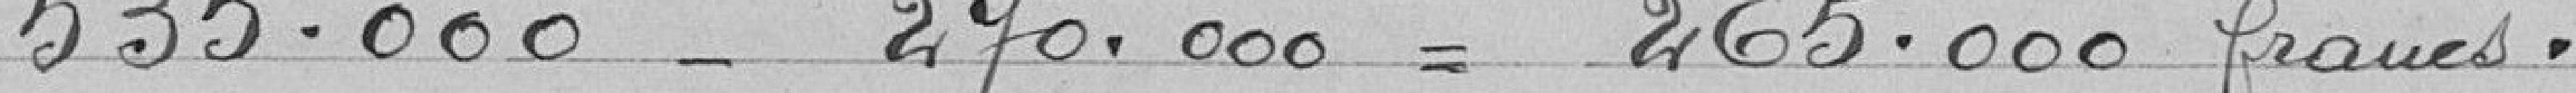
535.000-270.000 = 265.000 francs.